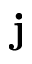
\textbf { j }